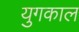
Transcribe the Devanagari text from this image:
युगकाल